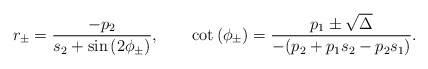
\begin{align*}r_\pm=\frac{-p_2}{s_2+\sin\left(2\phi_{\pm}\right)},\qquad\cot\left(\phi_{\pm}\right)=\frac{p_1\pm \sqrt{\Delta}}{-(p_2+p_1s_2-p_2s_1)} .\end{align*}